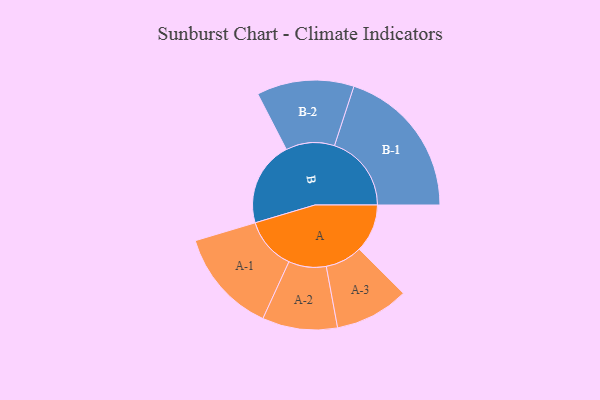
{"axis": {"x": "Segment", "y": "Value"}, "legend": ["", "A", "B"], "data": [{"x": "A", "y": 187, "type": ""}, {"x": "B", "y": 330, "type": ""}, {"x": "A-1", "y": 203, "type": "A"}, {"x": "A-2", "y": 146, "type": "A"}, {"x": "A-3", "y": 144, "type": "A"}, {"x": "B-1", "y": 299, "type": "B"}, {"x": "B-2", "y": 189, "type": "B"}]}